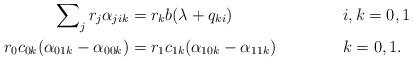
LaTeX: \begin{align*}\sum\nolimits_j r_j \alpha_{jik} &= r_k b(\lambda + q_{ki})&&i,k=0,1\\r_0 c_{0k} (\alpha_{01k} - \alpha_{00k}) &= r_1 c_{1k} (\alpha_{10k} - \alpha_{11k})&& k=0,1.\end{align*}